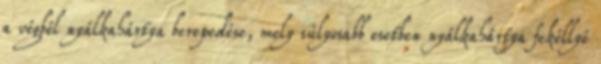
a végbél nyálkahártya berepedése, mely súlyosabb esetben nyálkahártya fekéllyé